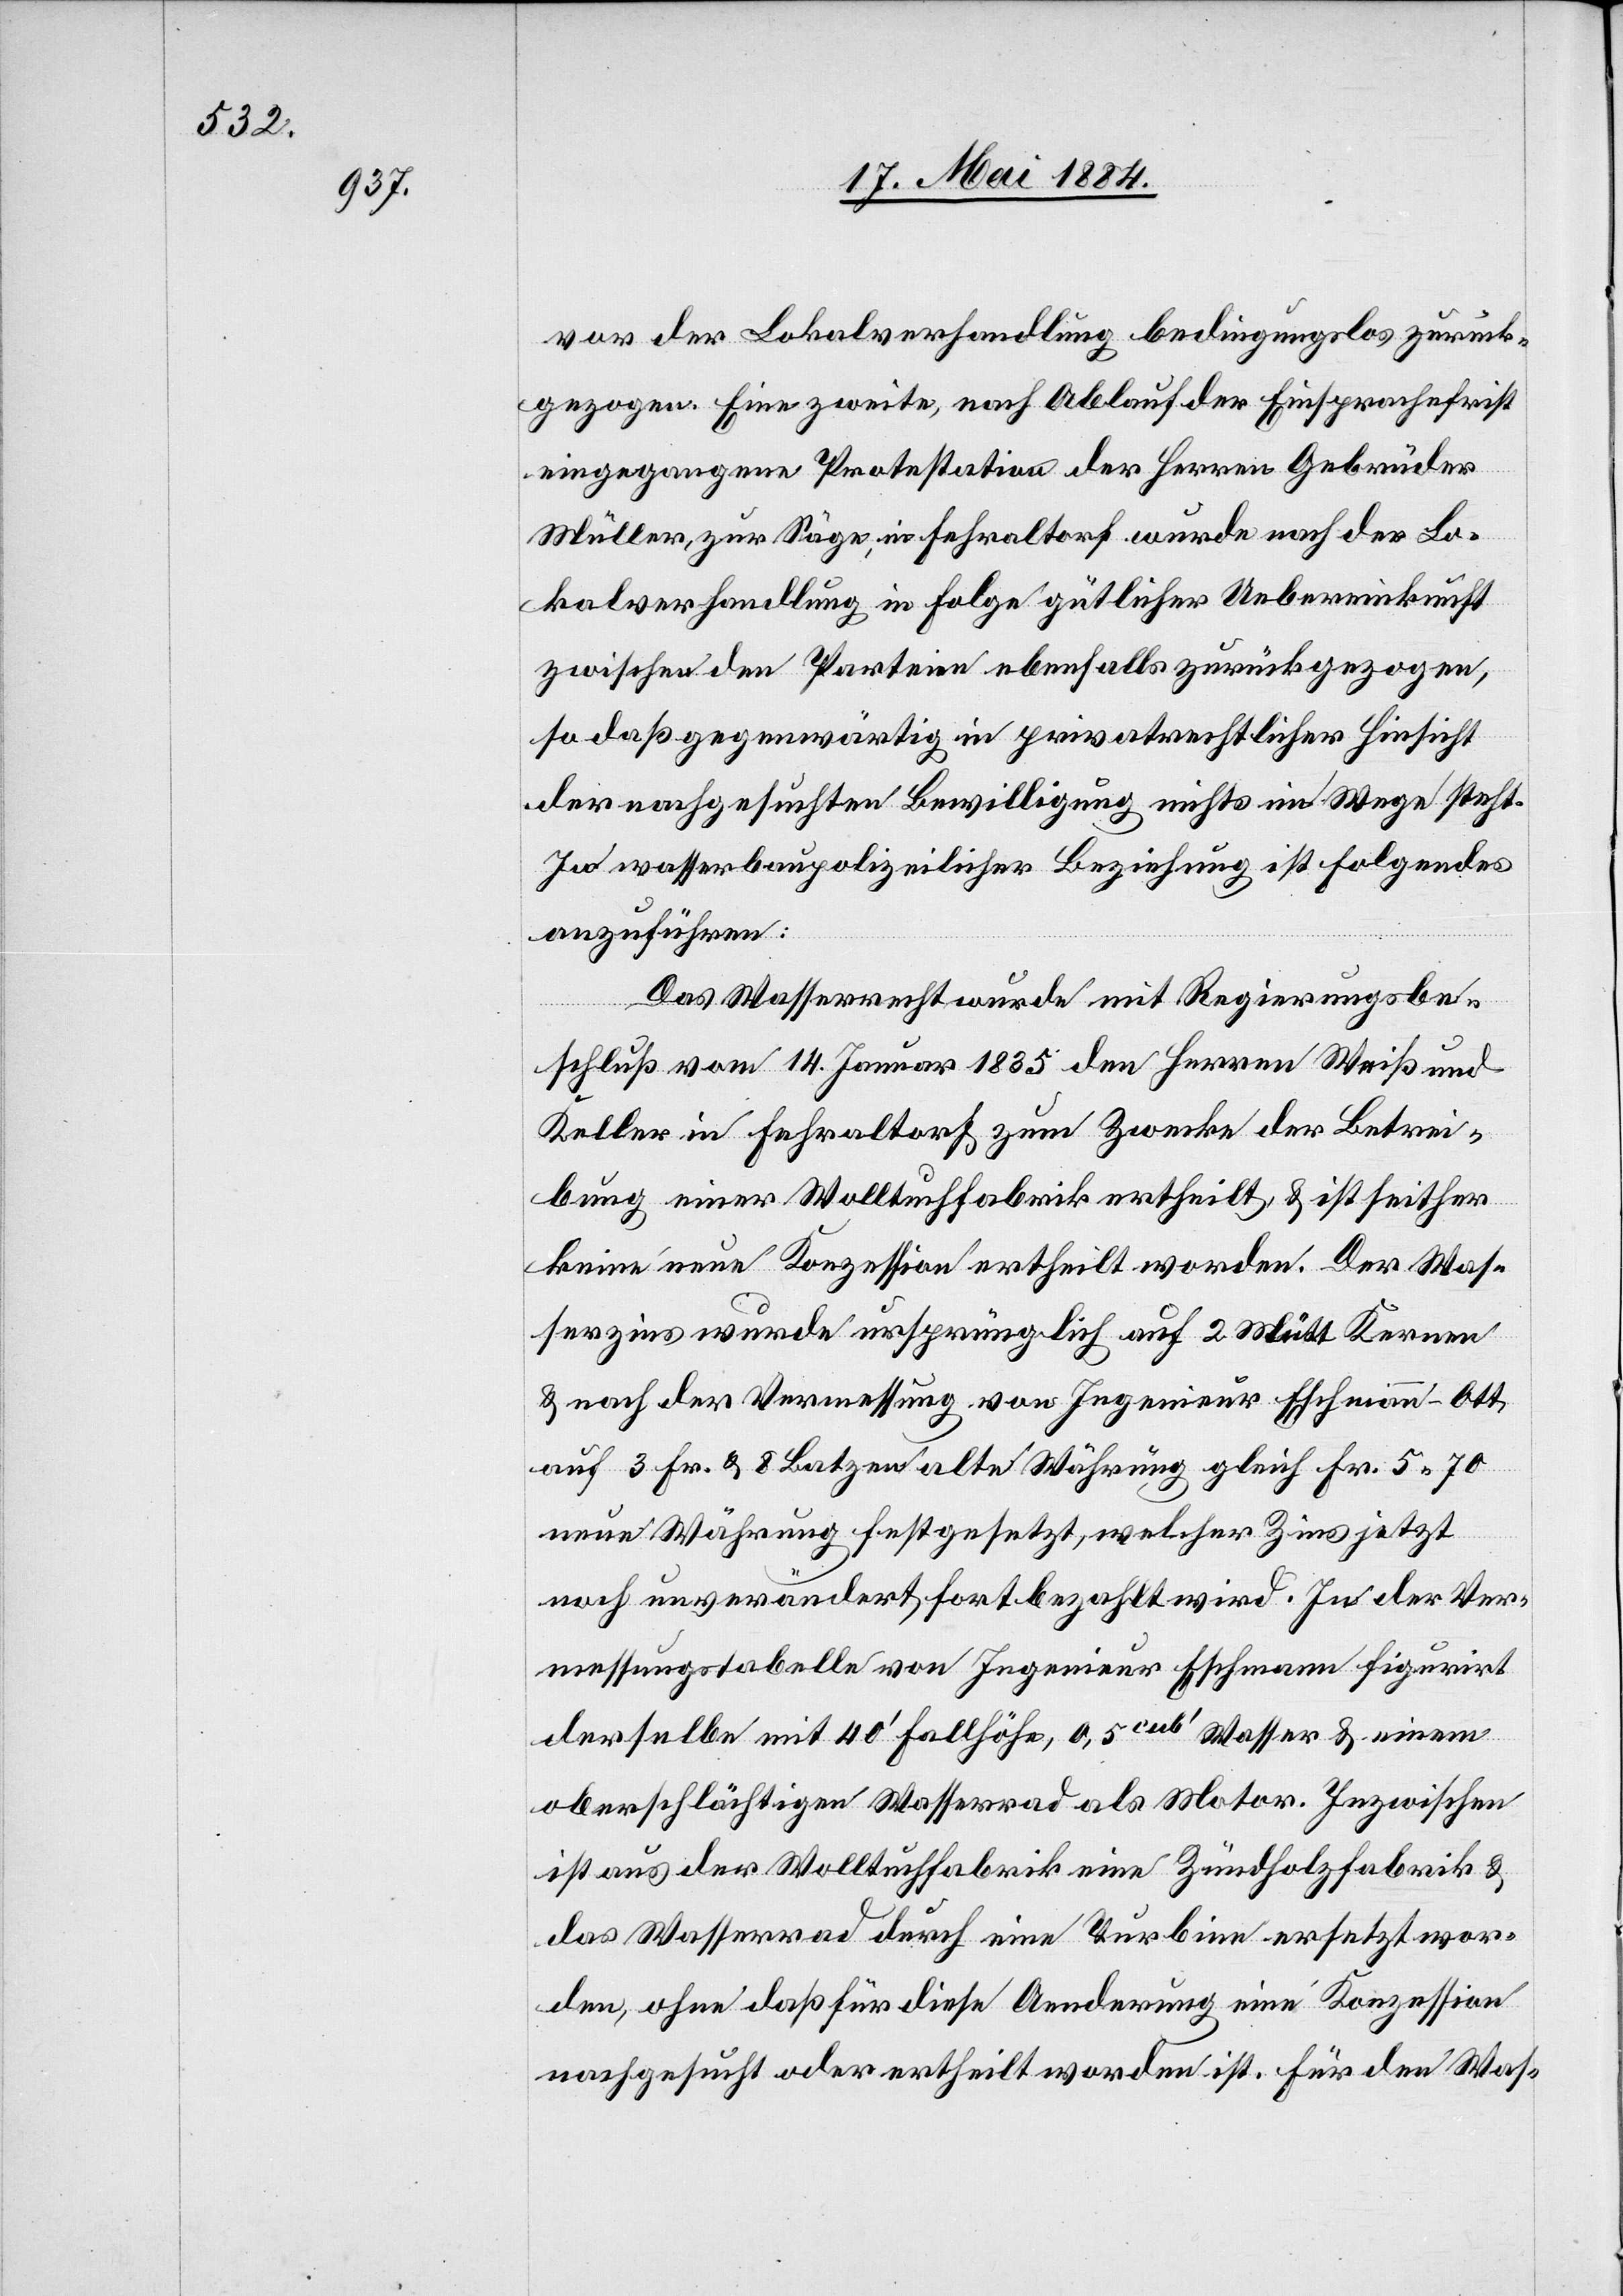
vor der Lokalverhandlung bedingungslos zurück¬
gezogen. Eine zweite, nach Ablauf der Einsprachefrist
eingegangenen Protestation der Herren Gebrüder
Müller, zur Säge, in Fehraltorf wurde nach der Lo¬
kalverhandlung in Folge gütlicher Uebereinkunft
zwischen den Parteien ebenfalls zurückgezogen,
so daß gegenwärtig in privatrechtlicher Hinsicht
der nachgesuchten Bewilligung nichts im Wege steht.
In wasserbaupolizeilicher Beziehung ist folgendes
anzuführen:
Das Wasserrecht wurde mit Regierungsbe¬
schluß vom 14. Januar 1835 den Herren Weiß und
Keller in Fehraltorf zum Zwecke der Betrei¬
bung einer Wolltuchfabrik ertheilt, & ist seither
keine neue Konzession ertheilt worden. Der Was¬
serzins wurde ursprünglich auf 2 Mütt Kernen
& nach der Vermessung von Ingenieur Eschmann-Ott,
auf 3 Fr. & 8 Batzen alte Währung gleich Fr. 5 70
neue Währung festgesetzt, welcher Zins jetzt
noch unverändert, fortbezahlt wird. In der Ver¬
messungstabelle von Ingenieur Eschmann figurit
derselbe mit 40‘ Fallhöhe, 0,5cub‘ Wasser & einem
oberschlächtigen Wasserrad als Motor. Inzwischen
ist aus der Wolltuchfabrik eine Zündholzfabrik &
das Wasserrad durch eine Turbine ersetzt wor¬
den, ohne daß für diese Aenderung eine Konzession
nachgesucht oder ertheilt worden ist. Für den Was-